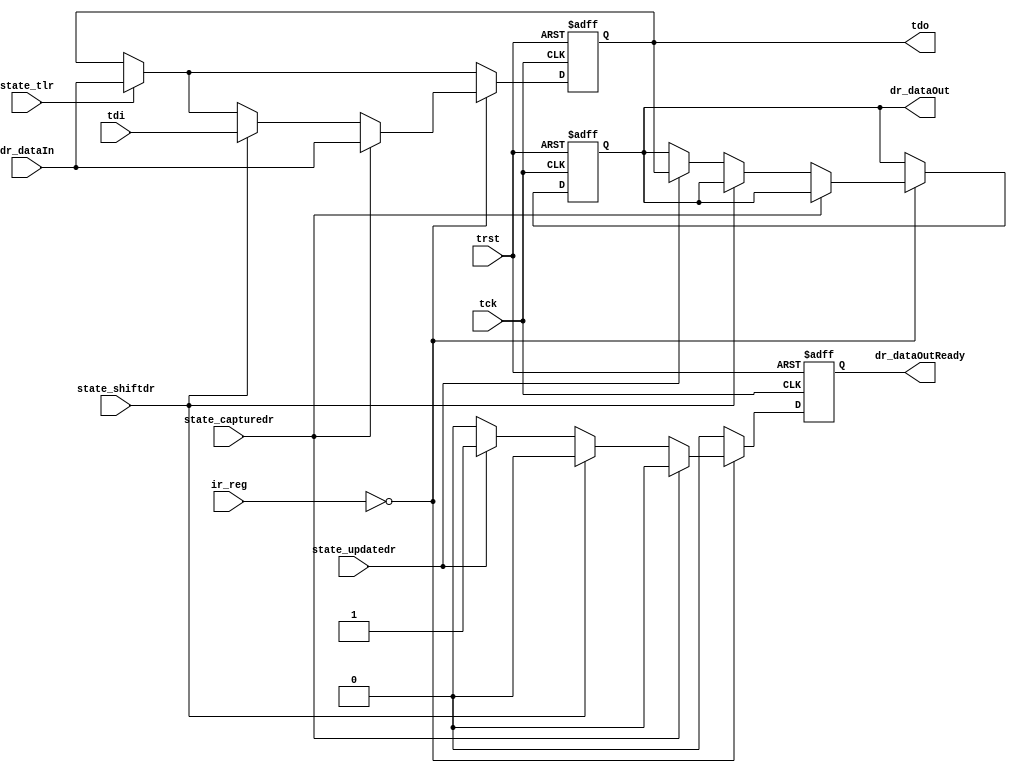
/* jtag_reg.v
 *
 * Generic JTAG Data Register
 *
 *------------------------------------------------------------------------------
 *
 * Copyright 2018 Christopher Parish
 *
 * Licensed under the Apache License, Version 2.0 (the "License");
 * you may not use this file except in compliance with the License.
 * You may obtain a copy of the License at
 *
 *   http://www.apache.org/licenses/LICENSE-2.0
 *
 * Unless required by applicable law or agreed to in writing, software
 * distributed under the License is distributed on an "AS IS" BASIS,
 * WITHOUT WARRANTIES OR CONDITIONS OF ANY KIND, either express or implied.
 * See the License for the specific language governing permissions and
 * limitations under the License.
 */

module jtag_reg #(
        parameter IR_LEN = 4,
        parameter DR_LEN = 1,
        parameter IR_OPCODE = 4'b0
        ) (
        input tck,
        input trst,
        input tdi,
        output tdo,
        input state_tlr,
        input state_capturedr,
        input state_shiftdr,
        input state_updatedr,
        input[IR_LEN-1:0] ir_reg,
        input[DR_LEN-1:0] dr_dataIn,
        output reg[DR_LEN-1:0] dr_dataOut,
        output reg dr_dataOutReady
    );

    reg[DR_LEN-1:0] dr_reg;

    assign tdo = dr_reg[0];

    always @(posedge tck or negedge trst) begin
        if(~trst) begin
            dr_reg <= 0;
            dr_dataOut <= 0;
            dr_dataOutReady <= 0;
        end else begin
            dr_dataOutReady <= 0;
            if(state_tlr) dr_reg <= dr_dataIn;
            if(ir_reg == IR_OPCODE) begin
                if(state_capturedr) dr_reg <= dr_dataIn;
                else if(state_shiftdr) begin
                    if(DR_LEN == 1) dr_reg <= tdi;
                    else dr_reg <= {tdi, dr_reg[DR_LEN-1:1]};
                end else if(state_updatedr) begin
                    dr_dataOut <= dr_reg;
                    dr_dataOutReady <= 1;
                end
            end
        end
    end
endmodule